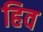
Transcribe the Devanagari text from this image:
हिव